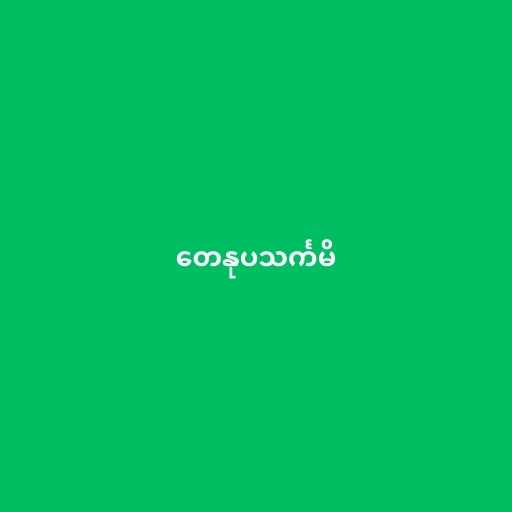
တေနုပသင်္ကမိ